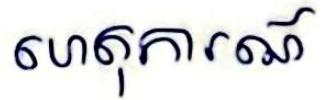
ហេតុការណ៍